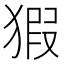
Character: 猳